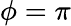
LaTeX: \phi=\pi